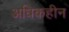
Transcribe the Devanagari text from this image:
अधिकहीन